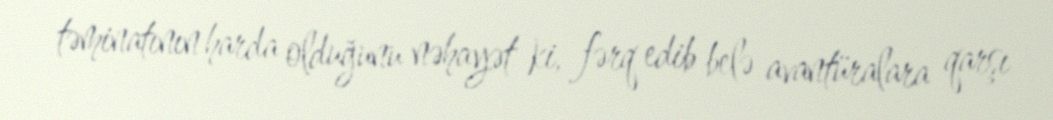
təminatının harda olduğunu nəhayət ki, fərq edib belə avantüralara qarşı